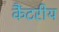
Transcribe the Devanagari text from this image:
कैंटरीय